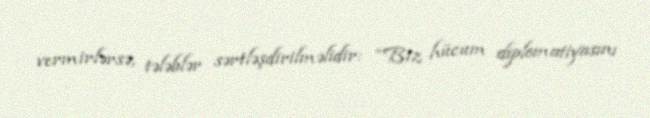
vermirlərsə, tələblər sərtləşdirilməlidir: “Biz hücum diplomatiyasını